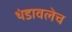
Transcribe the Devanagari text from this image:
थंडावलेच